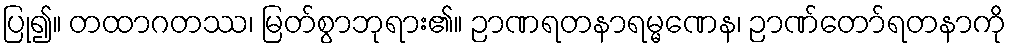
ပြု၍။ တထာဂတဿ၊ မြတ်စွာဘုရား၏။ ဉာဏရတနာရမ္မဏေန၊ ဉာဏ်တော်ရတနာကို